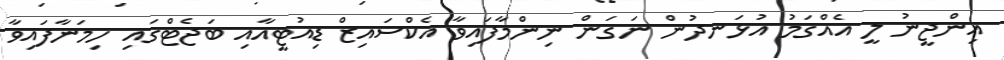
އިންޖީނު ލީ އެއްގަމު އުޅަނދުން ނަގަން ނިންމާފައިވާ އެކްސައިޒް ޑިއުޓީއާއި ބަޖެޓްގައި ހިމަނާފައިވާ